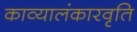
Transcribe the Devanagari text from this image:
काव्यालंकारवृति